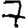
Digit: 7